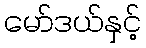
မော်ဒယ်နှင့်